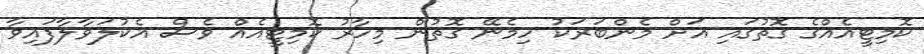
ކޮމިޓީއެއްގެ ގޮތުގައި އަށް މެންބަރަކު ހިމެނޭ ގޮތުން މިހާރު ކޮމިޓީއެއް ވެސް އެކުލަވާލާފައިވާ